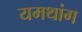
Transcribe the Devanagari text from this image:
यमथांग